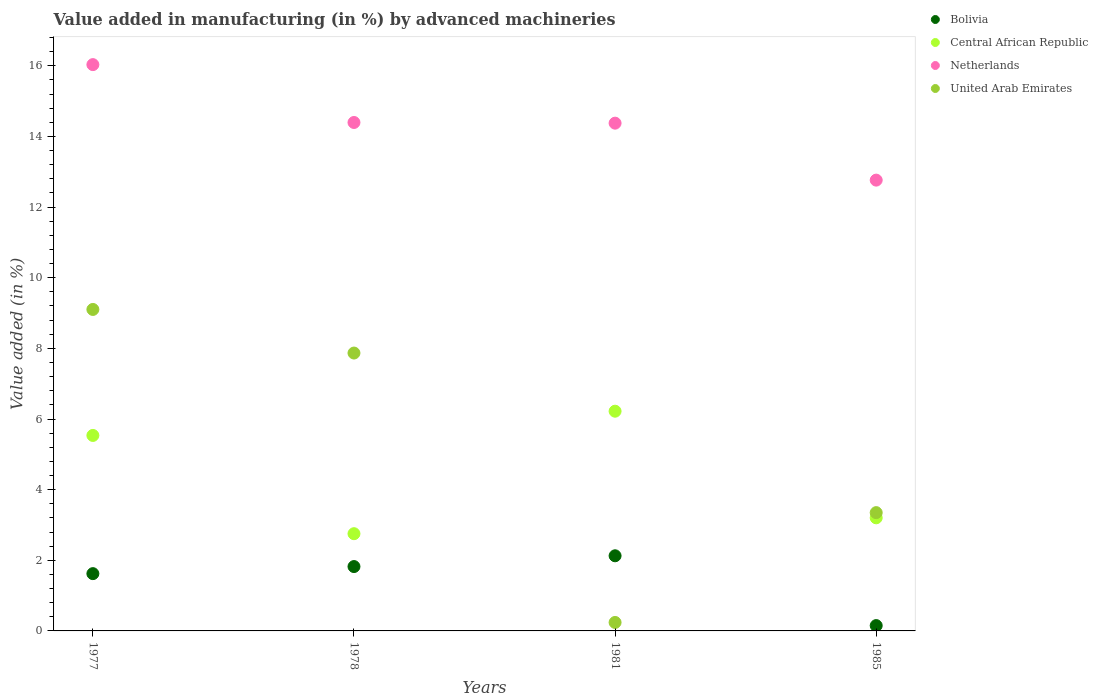
| Years | Bolivia | Central African Republic | Netherlands | United Arab Emirates |
 | --- | --- | --- | --- | --- |
 | 1977 | 1.62 | 5.53 | 16 | 9.1 |
 | 1978 | 1.82 | 2.75 | 14.4 | 7.87 |
 | 1981 | 2.13 | 6.22 | 14.4 | 0.24 |
 | 1985 | 0.151 | 3.2 | 12.8 | 3.35 |